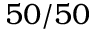
5 0 / 5 0